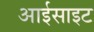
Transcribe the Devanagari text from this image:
आईसाइट